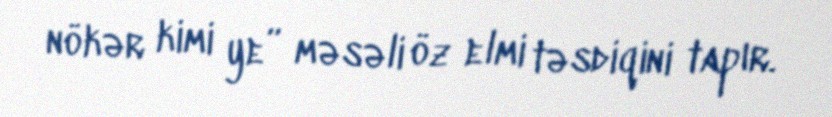
nökər kimi ye” məsəli öz elmi təsdiqini tapır.